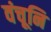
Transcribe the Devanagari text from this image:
वंचूनि